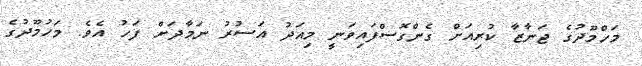
މަހްމޫދުގެ ޖަނާޒާ ކުރިއަށް ގެންގޮސްފައިވަނީ މިއަދު އަސުރު ނަމާދަށް ފަހު އެވެ. މަހުމޫދުގެ